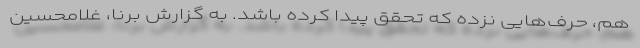
هم، حرف‌هایی نزده که تحقق پیدا کرده باشد. به گزارش برنا، غلامحسین